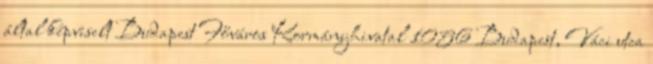
által képviselt Budapest Főváros Kormányhivatal 1056 Budapest, Váci utca